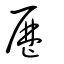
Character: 歴